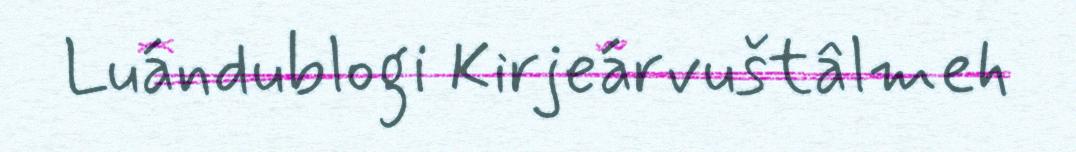
Luándublogi Kirjeárvuštâlmeh